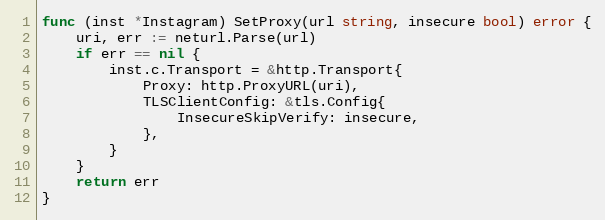
Language: Go
func (inst *Instagram) SetProxy(url string, insecure bool) error {
	uri, err := neturl.Parse(url)
	if err == nil {
		inst.c.Transport = &http.Transport{
			Proxy: http.ProxyURL(uri),
			TLSClientConfig: &tls.Config{
				InsecureSkipVerify: insecure,
			},
		}
	}
	return err
}